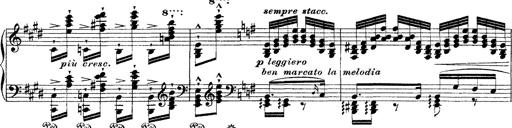
Title: Ã‰tudes d'exÃ©cution transcendante d'aprÃ¨s Paganini
Composer: Franz Liszt